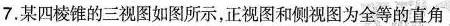
7.某四棱锥的三视图如图所示，正视图和侧视图为全等的直角